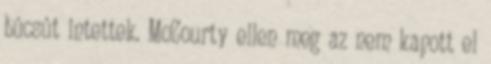
búcsút intettek. McCourty ellen meg az nem kapott el